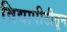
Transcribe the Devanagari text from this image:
विद्यापीठीतून